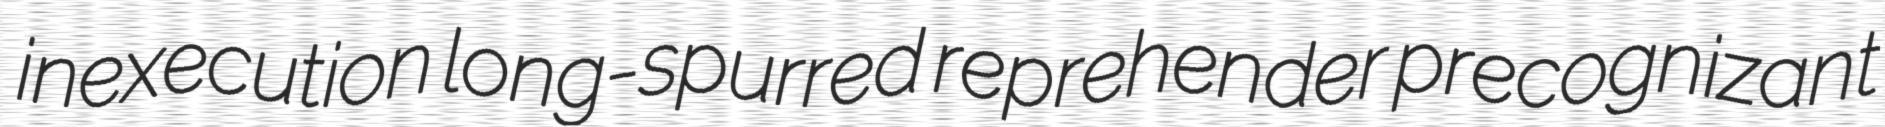
inexecution long-spurred reprehender precognizant